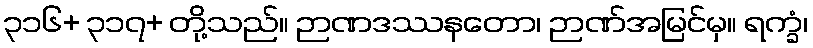
၃၁၆+ ၃၁၇+ တို့သည်။ ဉာဏဒဿနတော၊ ဉာဏ်အမြင်မှ။ ရက္ခံ၊